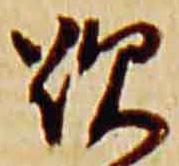
歎